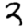
Digit: 3